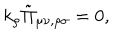
k _ { \rho } \tilde { \Pi } _ { \mu \nu , \rho \sigma } = 0 ,